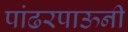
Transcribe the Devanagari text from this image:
पांढरपाऊनी